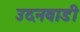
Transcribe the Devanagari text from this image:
उदनवाडी